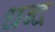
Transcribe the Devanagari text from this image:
धब्द